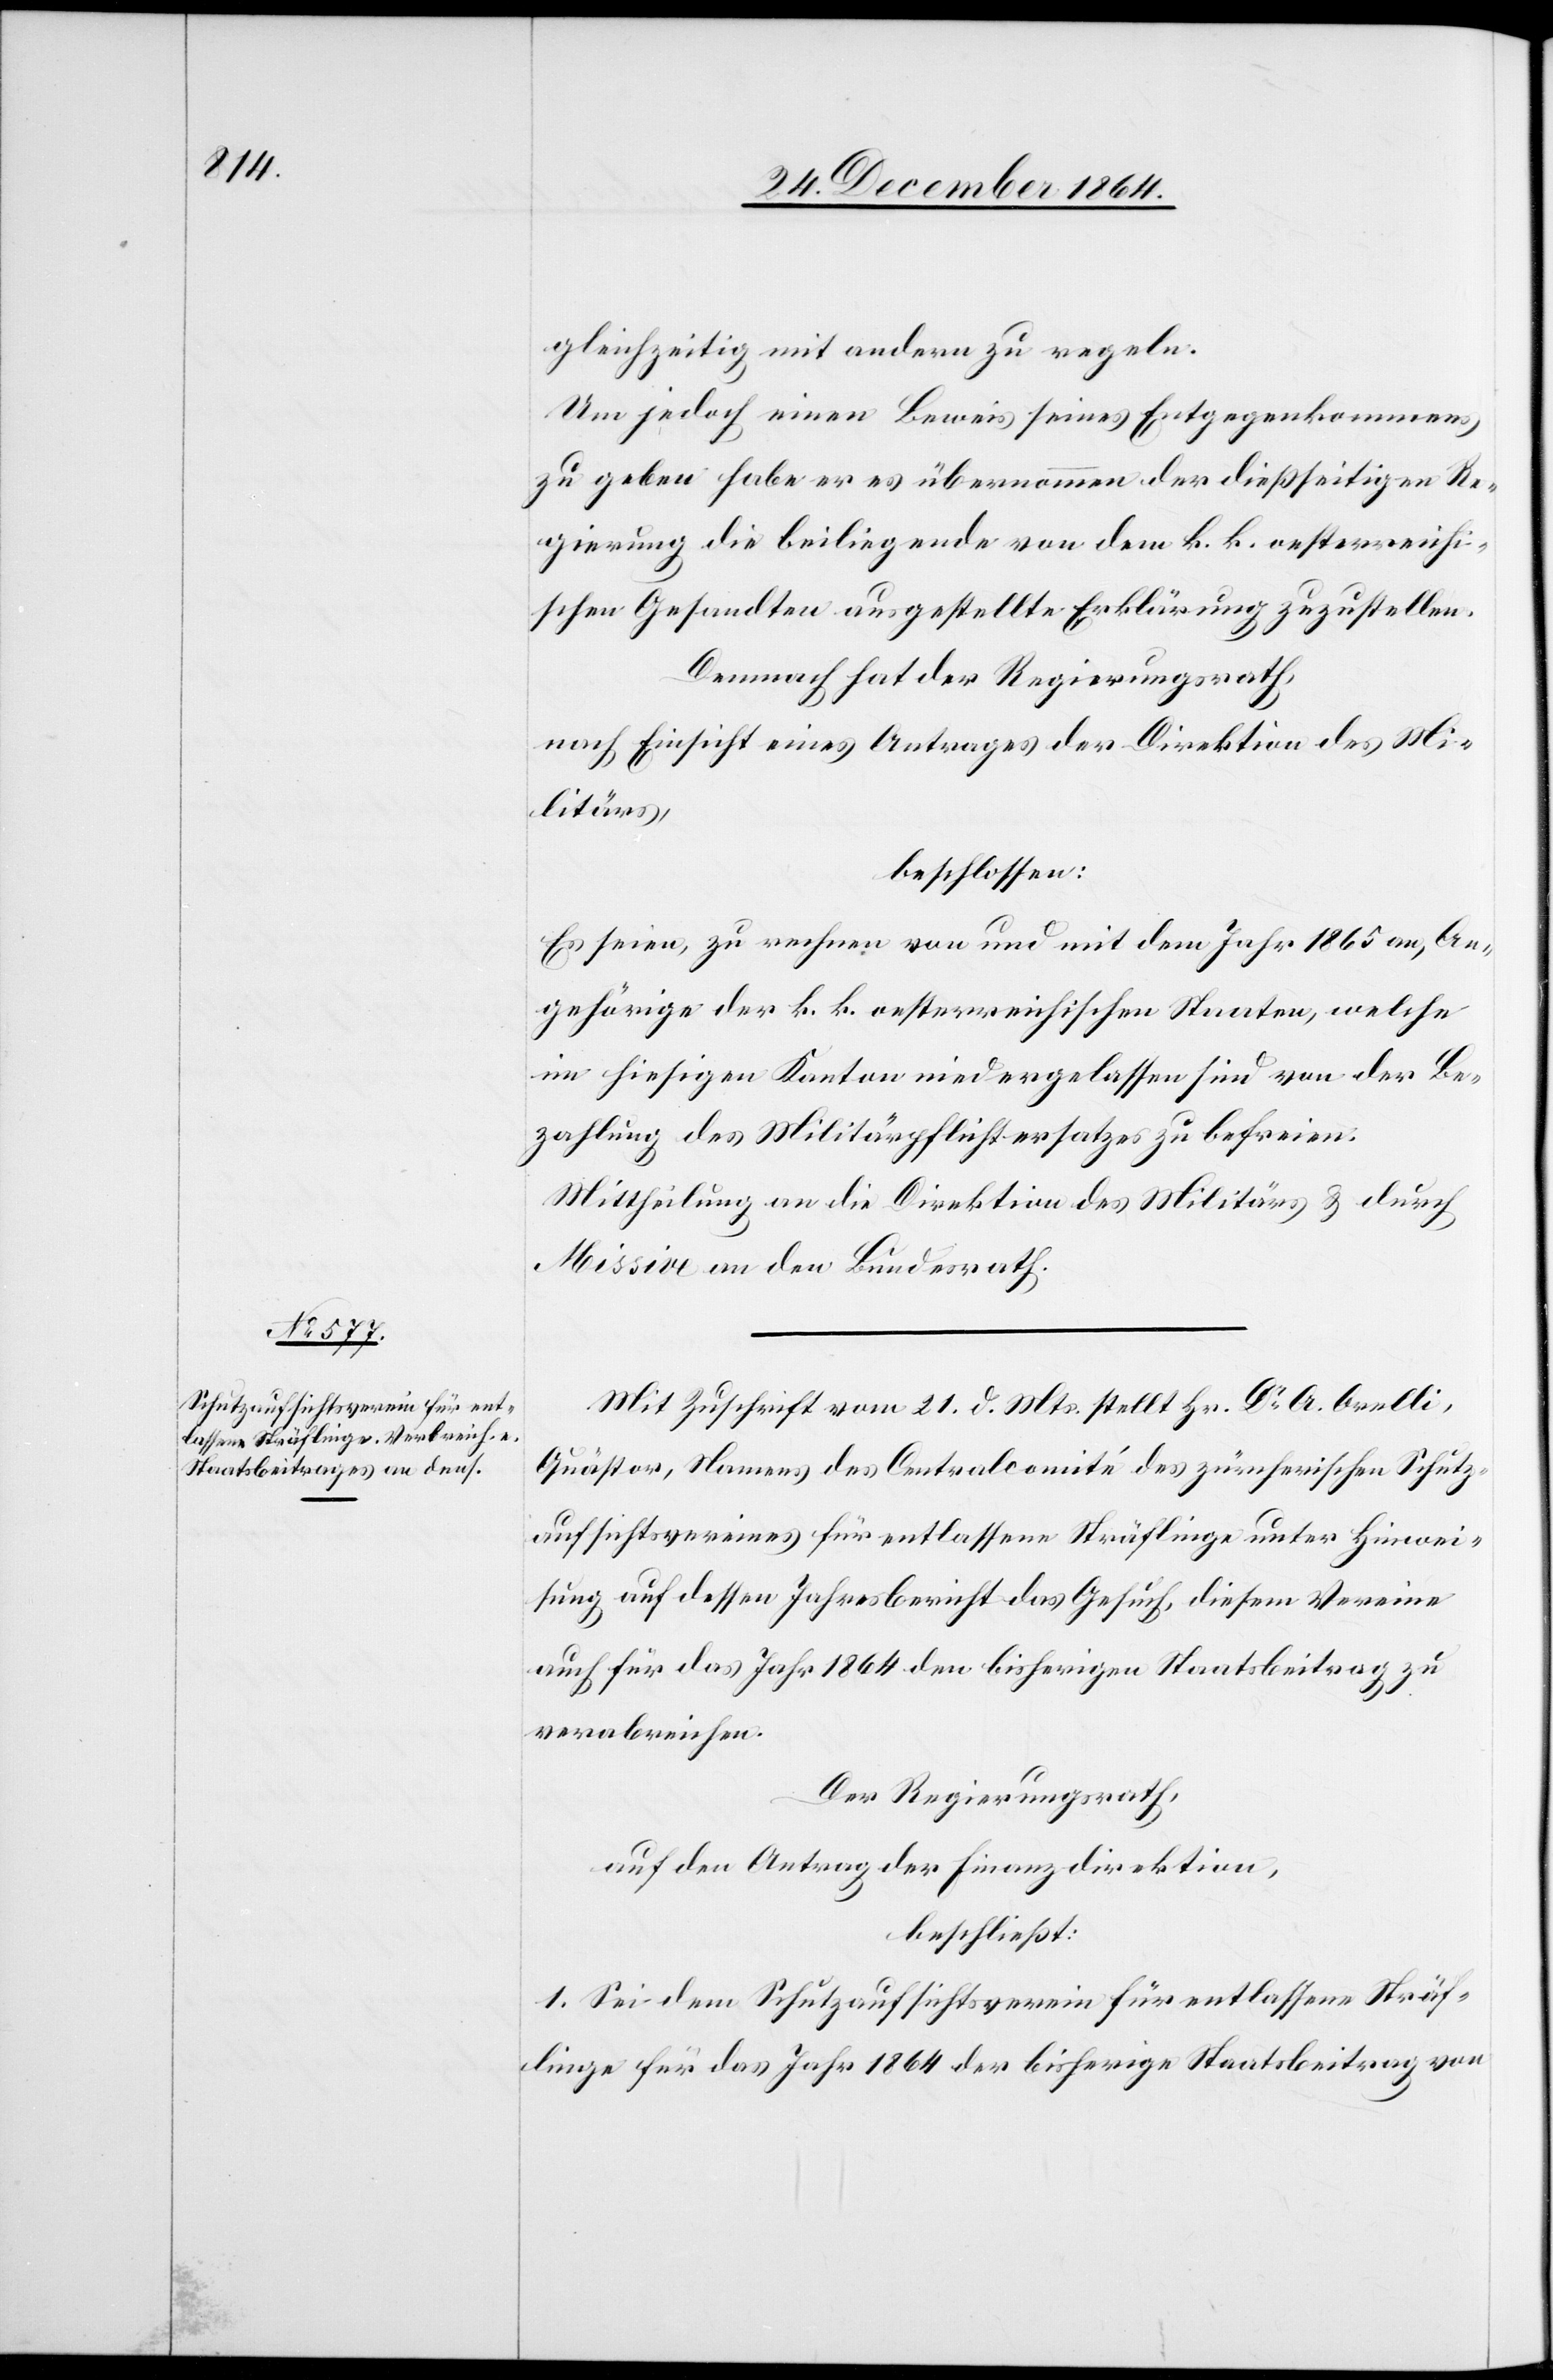
gleichzeitig mit andern zu regeln.
Um jedoch einen Beweis seines Entgegenkommens
zu geben habe er es übernommen der dießseitigen Re¬
gierung die beiliegende von dem k. k. oesterreichi¬
schen Gesandten ausgestellte Erklärung zuzustellen.
Demnach hat der Regierungsrath,
nach Einsicht eines Antrages der Direktion des Mi¬
litärs,
beschlossen:
Es seien, zu rechnen von und mit dem Jahr 1865 an, An¬
gehörige der k. k. oesterreichischen Staaten, welche
im hiesigen Kanton niedergelassen sind von der Be¬
zahlung des Militärpflichtersatzes zu befreien.
Mittheilung an die Direktion des Militärs & durch
Missive an den Bundesrath.
Mit Zuschrift vom 21. d. Mts. stellt Hr. Dr A. Orelli,
Quästor, Namens des Centralcomité des zürcherischen Schutz¬
aufsichtsvereines für entlassene Sträflinge unter Hinwei¬
sung auf dessen Jahresbericht das Gesuch, diesem Vereine
auch für das Jahr 1864 den bisherigen Staatsbeitrag zu
verabreichen.
Der Regierungsrath,
auf den Antrag der Finanzdirektion,
beschließt:
1. Sei dem Schutzaufsichtsverein für entlassene Sträf¬
linge für das Jahr 1864 der bisherige Staatsbeitrag von